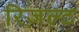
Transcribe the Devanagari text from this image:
रिज़ल्ट